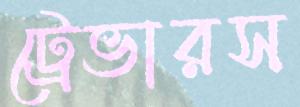
ট্রেভারস